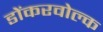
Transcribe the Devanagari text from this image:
डोंकरवोल्क